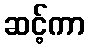
ဆင့်ကာ